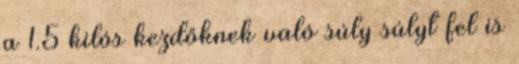
a 1.5 kilós kezdőknek való súly súlyt fel is